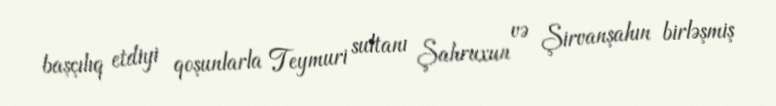
başçılıq etdiyi qoşunlarla Teymuri sultanı Şahruxun və Şirvanşahın birləşmiş